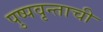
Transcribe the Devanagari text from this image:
पुष्पवृन्ताची